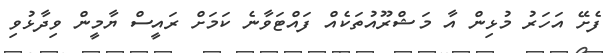
ފެށޭ އަހަރު މުޅިން އާ މަޝްރޫއުތަކެއް ފައްޓަވާނެ ކަމަށް ރައީސް ޔާމީން ވިދާޅުވި